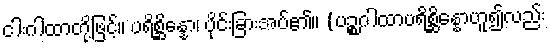
ငါးဂါထာတို့ဖြင့်။ ပရိစ္ဆိန္နော၊ ပိုင်းခြားအပ်၏။ (ပဉ္စဂါထာပရိစ္ဆိန္နောဟူ၍လည်း